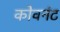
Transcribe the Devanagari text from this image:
कोवनंट